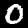
Label: 0